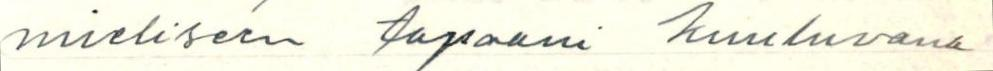
mieliseen tapaani kuuluvana